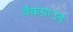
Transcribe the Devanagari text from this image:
बॅकग्राउंड